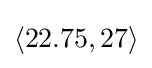
\langle 22.75,27\rangle